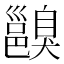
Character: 𨞑